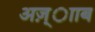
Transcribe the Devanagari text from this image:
अज़्ााब